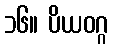
၁၆။ ပိယဝဂ္ဂ